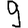
Digit: 9